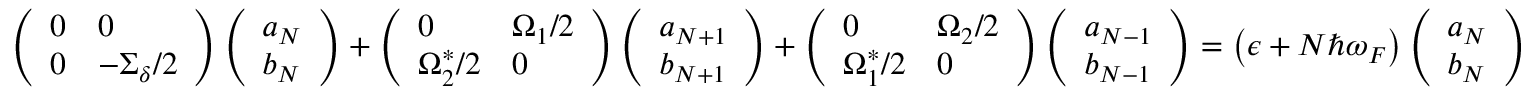
\begin{array} { r } { \left( \begin{array} { l l } { 0 } & { 0 } \\ { 0 } & { - \Sigma _ { \delta } / 2 } \end{array} \right) \left( \begin{array} { l } { a _ { N } } \\ { b _ { N } } \end{array} \right) + \left( \begin{array} { l l } { 0 } & { \Omega _ { 1 } / 2 } \\ { \Omega _ { 2 } ^ { * } / 2 } & { 0 } \end{array} \right) \left( \begin{array} { l } { a _ { N + 1 } } \\ { b _ { N + 1 } } \end{array} \right) + \left( \begin{array} { l l } { 0 } & { \Omega _ { 2 } / 2 } \\ { \Omega _ { 1 } ^ { * } / 2 } & { 0 } \end{array} \right) \left( \begin{array} { l } { a _ { N - 1 } } \\ { b _ { N - 1 } } \end{array} \right) = \left( \epsilon + N \hbar \omega _ { F } \right) \left( \begin{array} { l } { a _ { N } } \\ { b _ { N } } \end{array} \right) } \end{array}